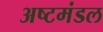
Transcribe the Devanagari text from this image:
अष्टमंडल